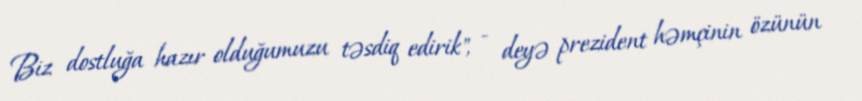
Biz dostluğa hazır olduğumuzu təsdiq edirik", - deyə prezident həmçinin özünün